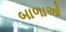
બાળાઓ